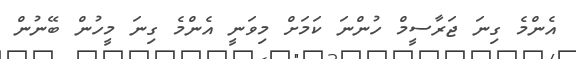
އެންމެ ގިނަ ޖަރާސީމް ހުންނަ ކަމަށް މިވަނީ އެންމެ ގިނަ މީހުން ބޭނުން